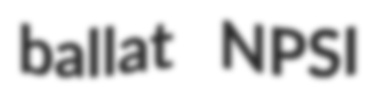
ballat NPSI